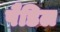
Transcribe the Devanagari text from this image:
पैडिल